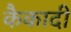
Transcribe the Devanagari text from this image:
कैकादी